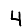
Digit: 4